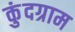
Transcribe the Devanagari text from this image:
कुंदग्राम